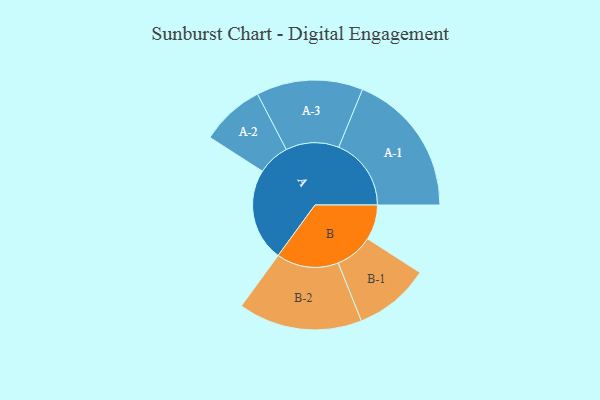
{"axis": {"x": "Segment", "y": "Value"}, "legend": ["", "A", "B"], "data": [{"x": "A", "y": 357, "type": ""}, {"x": "B", "y": 135, "type": ""}, {"x": "A-1", "y": 279, "type": "A"}, {"x": "A-2", "y": 123, "type": "A"}, {"x": "A-3", "y": 205, "type": "A"}, {"x": "B-1", "y": 146, "type": "B"}, {"x": "B-2", "y": 239, "type": "B"}]}